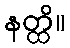
နတ္ထိ။